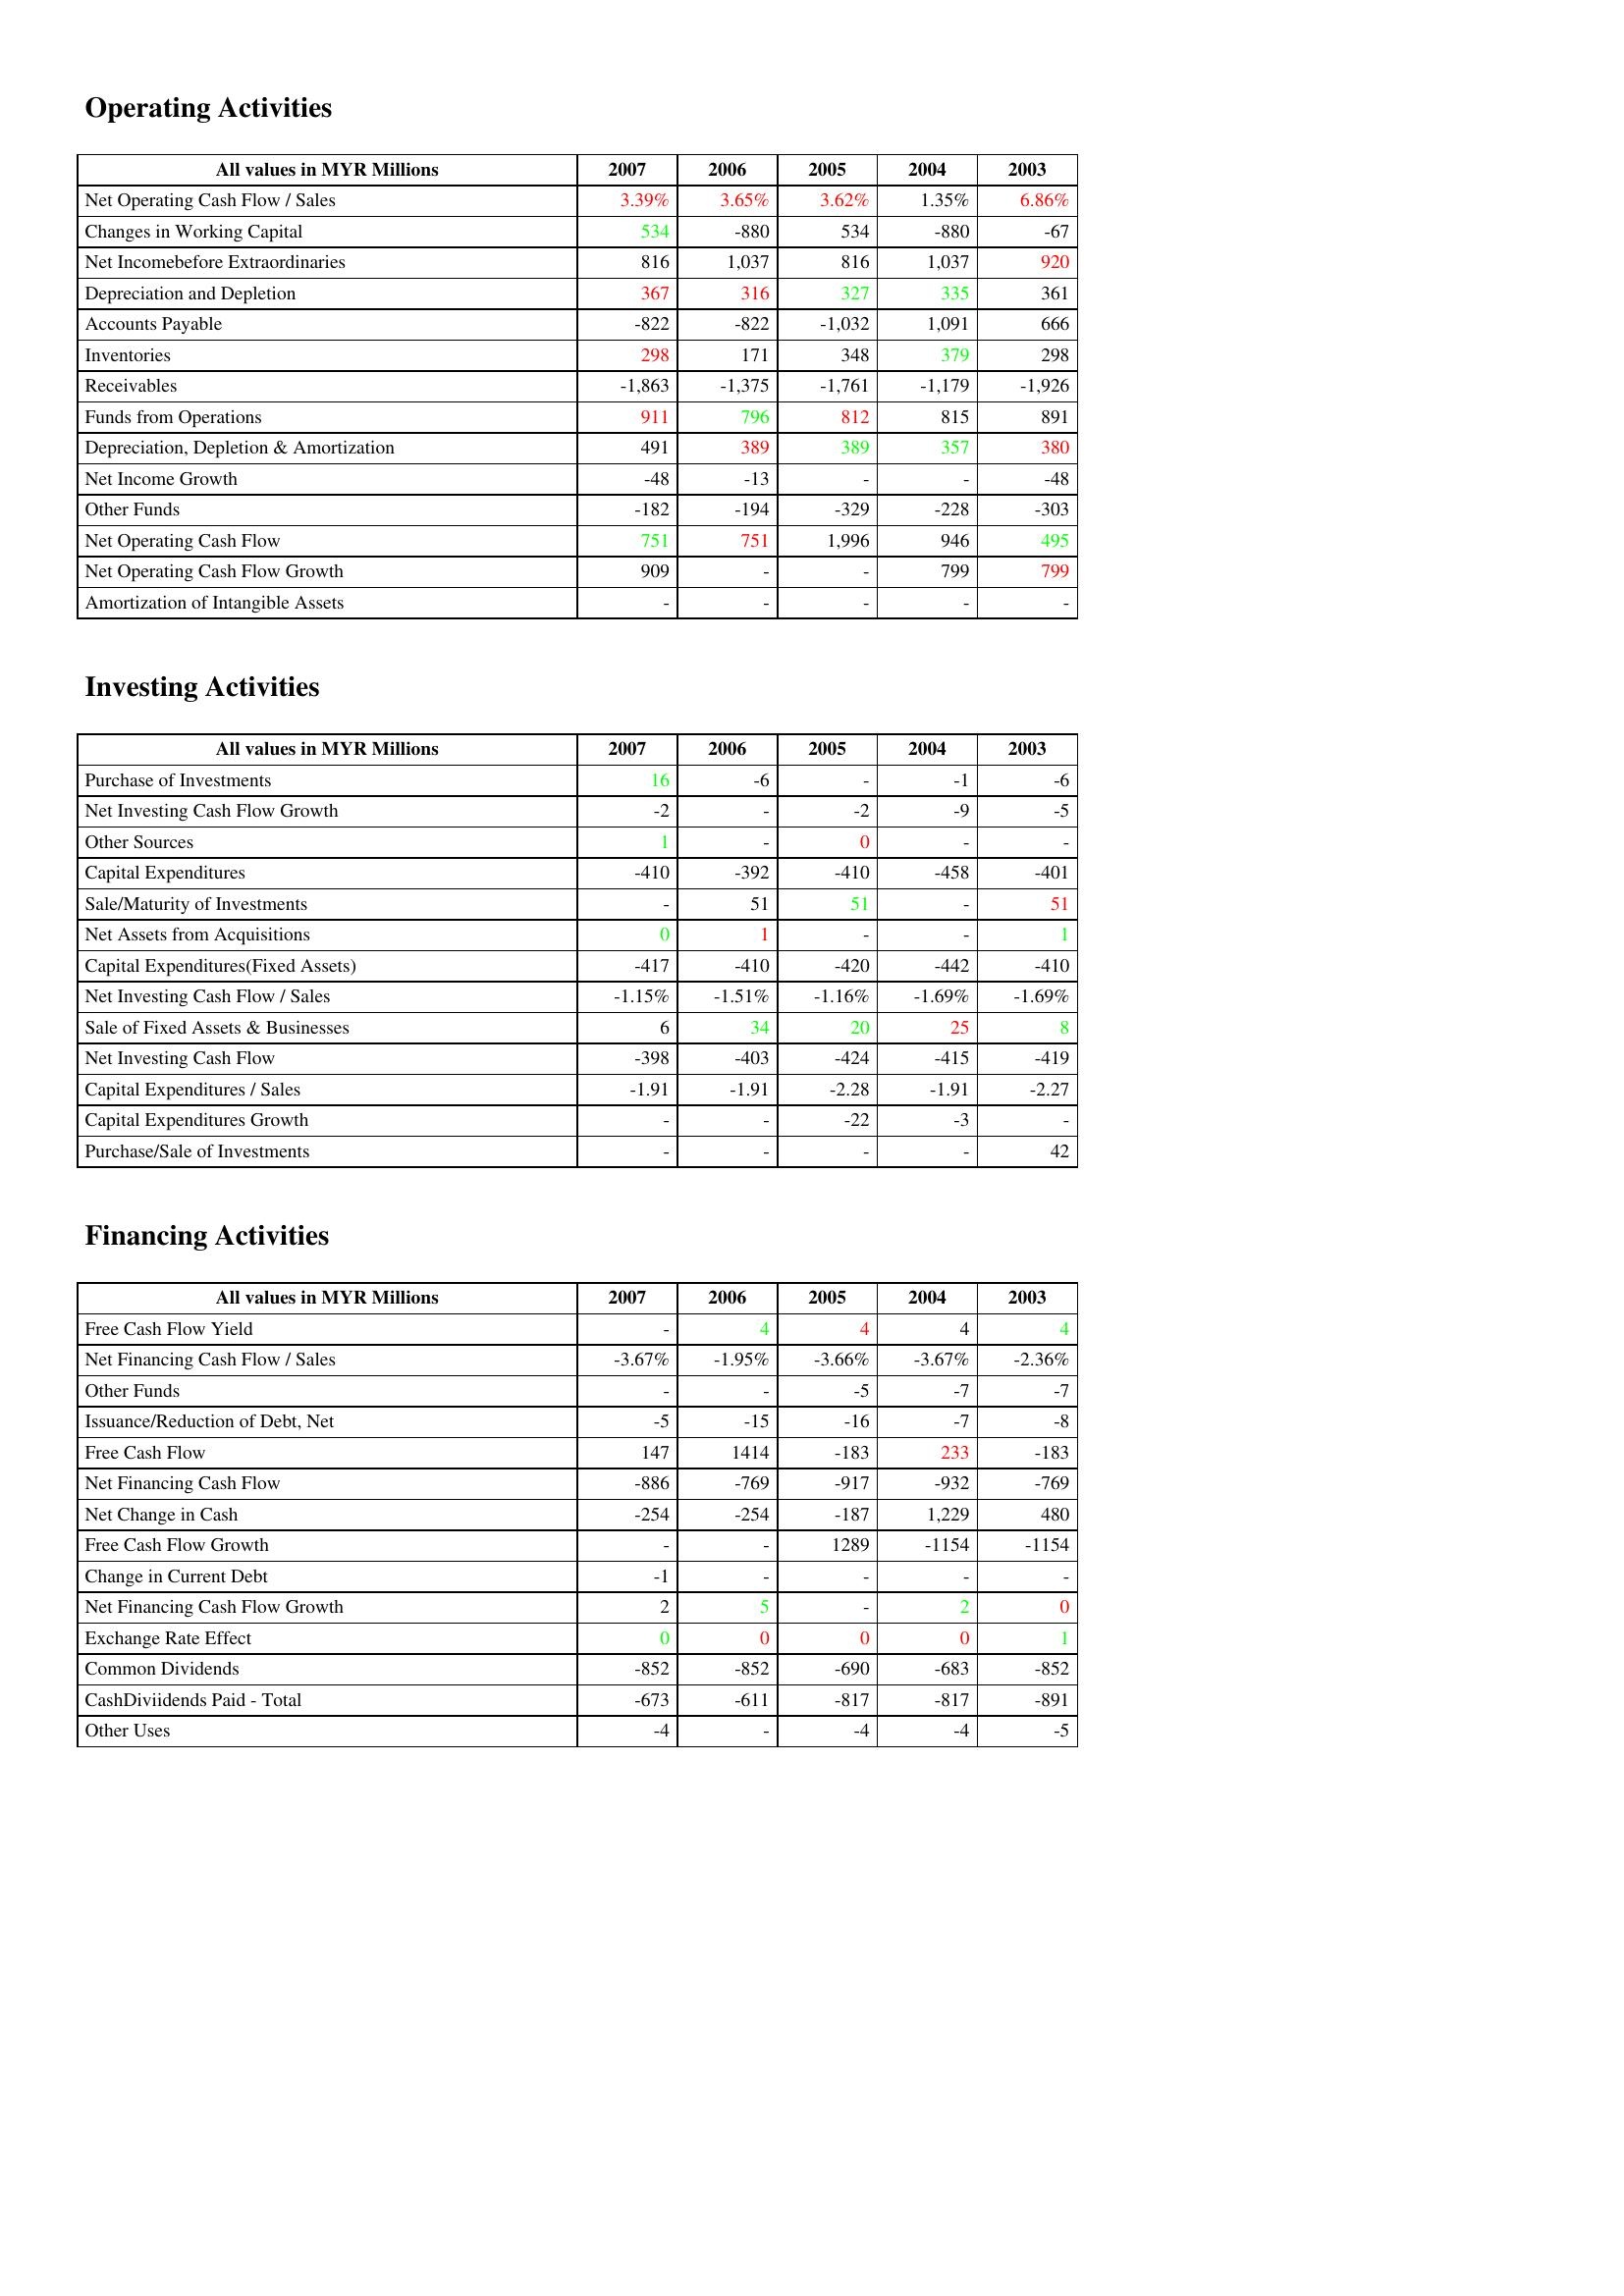
gt_parse: 2007: Operating Activities: Net Operating Cash Flow / Sales: 3.39%
Changes in Working Capital: 534
Net Incomebefore Extraordinaries: 816
Depreciation and Depletion: 367
Accounts Payable: -822
Inventories: 298
Receivables: -1,863
Funds from Operations: 911
Depreciation, Depletion & Amortization: 491
Net Income Growth: -48
Other Funds: -182
Net Operating Cash Flow: 751
Net Operating Cash Flow Growth: 909
Amortization of Intangible Assets: -
Investing Activities: Purchase of Investments: 16
Net Investing Cash Flow Growth: -2
Other Sources: 1
Capital Expenditures: -410
Sale/Maturity of Investments: -
Net Assets from Acquisitions: 0
Capital Expenditures(Fixed Assets): -417
Net Investing Cash Flow / Sales: -1.15%
Sale of Fixed Assets & Businesses: 6
Net Investing Cash Flow: -398
Capital Expenditures / Sales: -1.91
Capital Expenditures Growth: -
Purchase/Sale of Investments: -
Financing Activities: Free Cash Flow Yield: -
Net Financing Cash Flow / Sales: -3.67%
Other Funds: -
Issuance/Reduction of Debt, Net: -5
Free Cash Flow: 147
Net Financing Cash Flow: -886
Net Change in Cash: -254
Free Cash Flow Growth: -
Change in Current Debt: -1
Net Financing Cash Flow Growth: 2
Exchange Rate Effect: 0
Common Dividends: -852
CashDiviidends Paid - Total: -673
Other Uses: -4
2006: Operating Activities: Net Operating Cash Flow / Sales: 3.65%
Changes in Working Capital: -880
Net Incomebefore Extraordinaries: 1,037
Depreciation and Depletion: 316
Accounts Payable: -822
Inventories: 171
Receivables: -1,375
Funds from Operations: 796
Depreciation, Depletion & Amortization: 389
Net Income Growth: -13
Other Funds: -194
Net Operating Cash Flow: 751
Net Operating Cash Flow Growth: -
Amortization of Intangible Assets: -
Investing Activities: Purchase of Investments: -6
Net Investing Cash Flow Growth: -
Other Sources: -
Capital Expenditures: -392
Sale/Maturity of Investments: 51
Net Assets from Acquisitions: 1
Capital Expenditures(Fixed Assets): -410
Net Investing Cash Flow / Sales: -1.51%
Sale of Fixed Assets & Businesses: 34
Net Investing Cash Flow: -403
Capital Expenditures / Sales: -1.91
Capital Expenditures Growth: -
Purchase/Sale of Investments: -
Financing Activities: Free Cash Flow Yield: 4
Net Financing Cash Flow / Sales: -1.95%
Other Funds: -
Issuance/Reduction of Debt, Net: -15
Free Cash Flow: 1414
Net Financing Cash Flow: -769
Net Change in Cash: -254
Free Cash Flow Growth: -
Change in Current Debt: -
Net Financing Cash Flow Growth: 5
Exchange Rate Effect: 0
Common Dividends: -852
CashDiviidends Paid - Total: -611
Other Uses: -
2005: Operating Activities: Net Operating Cash Flow / Sales: 3.62%
Changes in Working Capital: 534
Net Incomebefore Extraordinaries: 816
Depreciation and Depletion: 327
Accounts Payable: -1,032
Inventories: 348
Receivables: -1,761
Funds from Operations: 812
Depreciation, Depletion & Amortization: 389
Net Income Growth: -
Other Funds: -329
Net Operating Cash Flow: 1,996
Net Operating Cash Flow Growth: -
Amortization of Intangible Assets: -
Investing Activities: Purchase of Investments: -
Net Investing Cash Flow Growth: -2
Other Sources: 0
Capital Expenditures: -410
Sale/Maturity of Investments: 51
Net Assets from Acquisitions: -
Capital Expenditures(Fixed Assets): -420
Net Investing Cash Flow / Sales: -1.16%
Sale of Fixed Assets & Businesses: 20
Net Investing Cash Flow: -424
Capital Expenditures / Sales: -2.28
Capital Expenditures Growth: -22
Purchase/Sale of Investments: -
Financing Activities: Free Cash Flow Yield: 4
Net Financing Cash Flow / Sales: -3.66%
Other Funds: -5
Issuance/Reduction of Debt, Net: -16
Free Cash Flow: -183
Net Financing Cash Flow: -917
Net Change in Cash: -187
Free Cash Flow Growth: 1289
Change in Current Debt: -
Net Financing Cash Flow Growth: -
Exchange Rate Effect: 0
Common Dividends: -690
CashDiviidends Paid - Total: -817
Other Uses: -4
2004: Operating Activities: Net Operating Cash Flow / Sales: 1.35%
Changes in Working Capital: -880
Net Incomebefore Extraordinaries: 1,037
Depreciation and Depletion: 335
Accounts Payable: 1,091
Inventories: 379
Receivables: -1,179
Funds from Operations: 815
Depreciation, Depletion & Amortization: 357
Net Income Growth: -
Other Funds: -228
Net Operating Cash Flow: 946
Net Operating Cash Flow Growth: 799
Amortization of Intangible Assets: -
Investing Activities: Purchase of Investments: -1
Net Investing Cash Flow Growth: -9
Other Sources: -
Capital Expenditures: -458
Sale/Maturity of Investments: -
Net Assets from Acquisitions: -
Capital Expenditures(Fixed Assets): -442
Net Investing Cash Flow / Sales: -1.69%
Sale of Fixed Assets & Businesses: 25
Net Investing Cash Flow: -415
Capital Expenditures / Sales: -1.91
Capital Expenditures Growth: -3
Purchase/Sale of Investments: -
Financing Activities: Free Cash Flow Yield: 4
Net Financing Cash Flow / Sales: -3.67%
Other Funds: -7
Issuance/Reduction of Debt, Net: -7
Free Cash Flow: 233
Net Financing Cash Flow: -932
Net Change in Cash: 1,229
Free Cash Flow Growth: -1154
Change in Current Debt: -
Net Financing Cash Flow Growth: 2
Exchange Rate Effect: 0
Common Dividends: -683
CashDiviidends Paid - Total: -817
Other Uses: -4
2003: Operating Activities: Net Operating Cash Flow / Sales: 6.86%
Changes in Working Capital: -67
Net Incomebefore Extraordinaries: 920
Depreciation and Depletion: 361
Accounts Payable: 666
Inventories: 298
Receivables: -1,926
Funds from Operations: 891
Depreciation, Depletion & Amortization: 380
Net Income Growth: -48
Other Funds: -303
Net Operating Cash Flow: 495
Net Operating Cash Flow Growth: 799
Amortization of Intangible Assets: -
Investing Activities: Purchase of Investments: -6
Net Investing Cash Flow Growth: -5
Other Sources: -
Capital Expenditures: -401
Sale/Maturity of Investments: 51
Net Assets from Acquisitions: 1
Capital Expenditures(Fixed Assets): -410
Net Investing Cash Flow / Sales: -1.69%
Sale of Fixed Assets & Businesses: 8
Net Investing Cash Flow: -419
Capital Expenditures / Sales: -2.27
Capital Expenditures Growth: -
Purchase/Sale of Investments: 42
Financing Activities: Free Cash Flow Yield: 4
Net Financing Cash Flow / Sales: -2.36%
Other Funds: -7
Issuance/Reduction of Debt, Net: -8
Free Cash Flow: -183
Net Financing Cash Flow: -769
Net Change in Cash: 480
Free Cash Flow Growth: -1154
Change in Current Debt: -
Net Financing Cash Flow Growth: 0
Exchange Rate Effect: 1
Common Dividends: -852
CashDiviidends Paid - Total: -891
Other Uses: -5